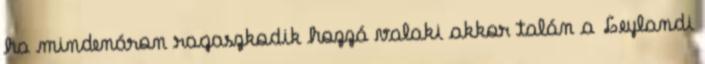
ha mindenáron ragaszkodik hozzá valaki akkor talán a Leylandi